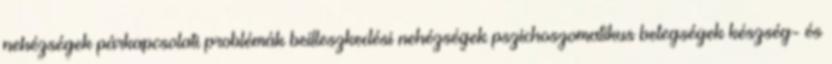
nehézségek párkapcsolati problémák beilleszkedési nehézségek pszichoszomatikus betegségek készség- és